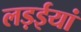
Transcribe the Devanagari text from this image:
लड़ईयां